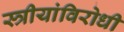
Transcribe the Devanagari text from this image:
स्त्रीयांविरोधी